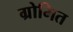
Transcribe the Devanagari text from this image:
ग्रोमित